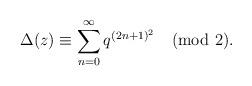
LaTeX: \begin{align*} \Delta(z)\equiv \sum_{n=0}^{\infty}q^{(2n+1)^2}\pmod 2. \end{align*}